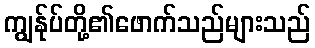
ကျွန်ုပ်တို့၏ဖောက်သည်များသည်